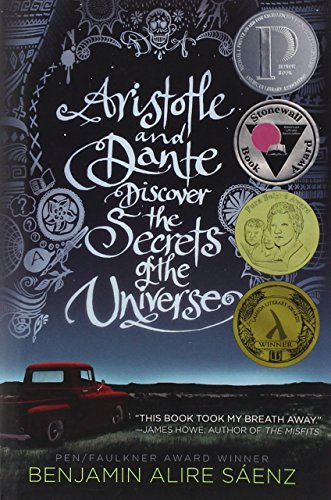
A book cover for Aristotle and Dante Discover the Secrets of the Universe; Benjamin Alire Saenz; Teen & Young Adult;